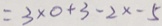
= 3 \times 0 + 3 - 2 x - 5